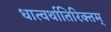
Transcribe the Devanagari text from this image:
धात्वर्थातिरिक्तम्